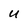
Character: U